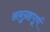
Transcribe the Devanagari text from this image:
अनुग्रहपूर्ण